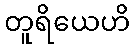
တူရိယေဟိ